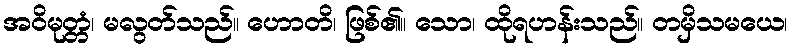
အဝိမုတ္တံ၊ မလွတ်သည်။ ဟောတိ၊ ဖြစ်၏။ သော၊ ထိုရဟန်းသည်။ တမှိသမယေ၊